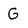
Character: G